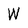
Character: W